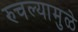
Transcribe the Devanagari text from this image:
रुचल्यामुळे